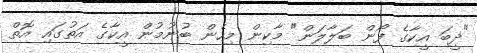
"ދީބަ އީކާގެ ފޯން ބަލާލަން" މާކިން މިހެން ބުނުމުން އީކާގެ އަތުގައި އޮތް